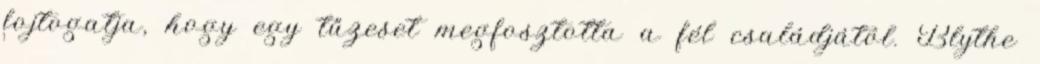
fojtogatja, hogy egy tűzeset megfosztotta a fél családjától. Blythe